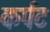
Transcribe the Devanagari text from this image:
कर्पट